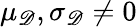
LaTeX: \mu_{\mathscr D},\sigma_{\mathscr D}\neq 0